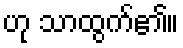
ဟု သာထွက်၏။